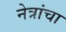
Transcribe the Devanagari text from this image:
नेत्रांचा